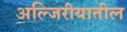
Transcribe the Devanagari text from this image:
अल्जिरीयातील